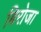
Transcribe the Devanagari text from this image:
बिरोजा